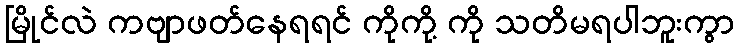
မြိုင်လဲ ကဗျာဖတ်နေရရင် ကိုကို့ ကို သတိမရပါဘူးကွာ